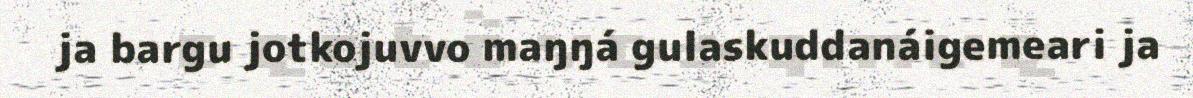
ja bargu jotkojuvvo maŋŋá gulaskuddanáigemeari ja